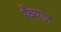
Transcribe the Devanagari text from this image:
फैयाज़